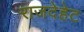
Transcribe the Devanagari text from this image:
राजदेहेट